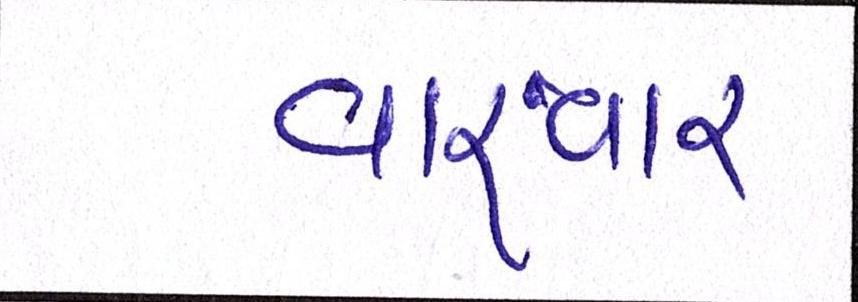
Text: વારંવાર